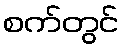
စက်တွင်